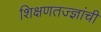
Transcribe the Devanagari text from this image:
शिक्षणतज्ज्ञांची